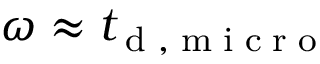
\omega \approx { t } _ { \tiny { \mathrm { ~ d ~ , ~ m ~ i ~ c ~ r ~ o ~ } } }